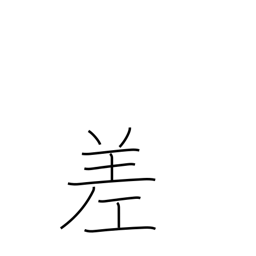
Meaning: variation